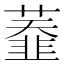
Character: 𦼩